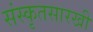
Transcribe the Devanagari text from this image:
संस्कृतसारखी